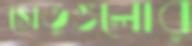
সেতুগুলোর